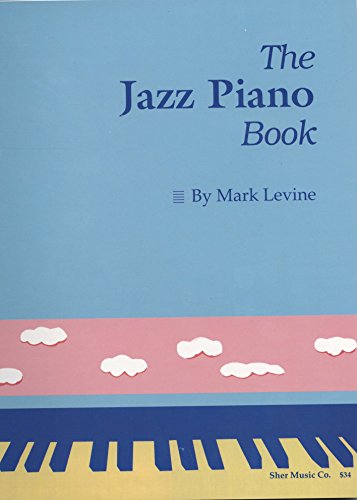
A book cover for The Jazz Piano Book; Mark Levine; Humor & Entertainment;